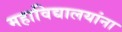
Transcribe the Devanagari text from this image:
महाविद्यालयांना